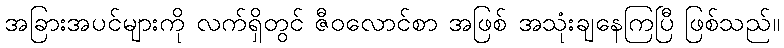
အခြားအပင်များကို လက်ရှိတွင် ဇီဝလောင်စာ အဖြစ် အသုံးချနေကြပြီ ဖြစ်သည်။